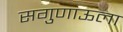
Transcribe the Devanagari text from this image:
सगुणाऊला